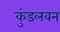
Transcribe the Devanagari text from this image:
कुंडलवन